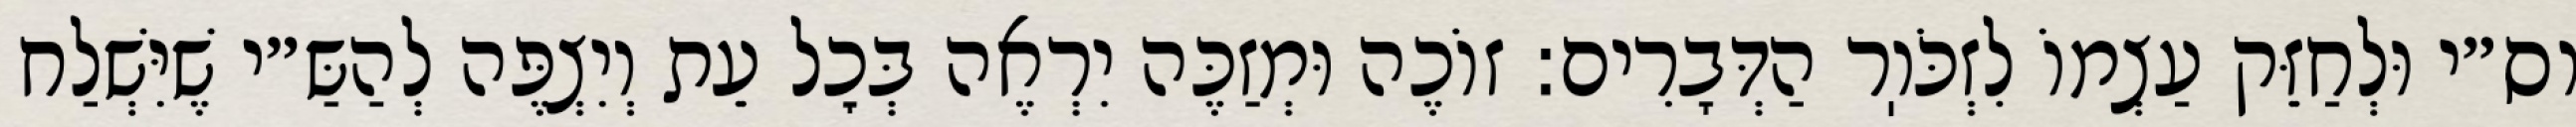
וס״י וּלְחַזֵּק עַצְמוֹ לִזְכֹּוֽר הַדְּבָרִים: זוֹכֶה וּמְזַכֶּה יִרְאֶה בְּכׇל עֵת וְיִצְפֶּה לְהַשַּ״י שֶׁיִּשְׁלַח